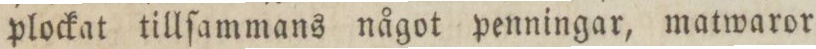
plockat tillſammans något penningar, matwaror